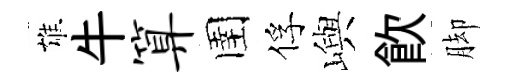
雄牛算圉俘嶼飮脚